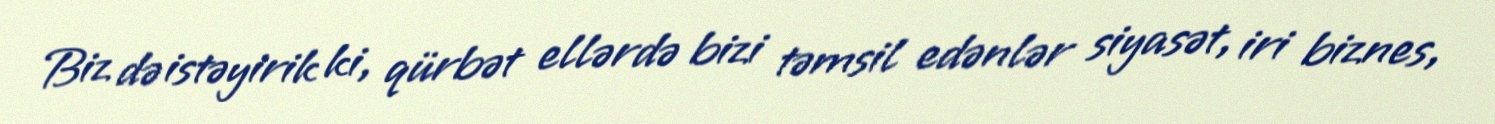
Biz də istəyirik ki, qürbət ellərdə bizi təmsil edənlər siyasət, iri biznes,